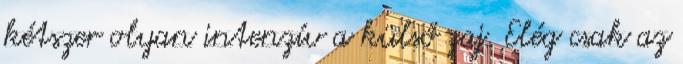
kétszer olyan intenzív a külső zaj. Elég csak az